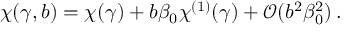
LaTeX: \chi ( \gamma , b ) = \chi ( \gamma ) + b \beta _ { 0 } \chi ^ { ( 1 ) } ( \gamma ) + { \mathcal O } ( b ^ { 2 } \beta _ { 0 } ^ { 2 } ) \, .